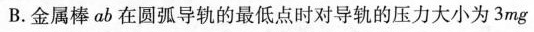
B.金属棒ab在圆弧导轨的最低点时对导轨的压力大小为3mg